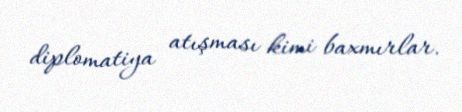
diplomatiya atışması kimi baxmırlar.